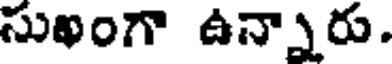
సుఖంగా ఉన్నారు.